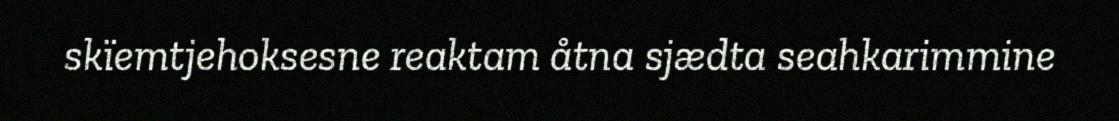
skïemtjehoksesne reaktam åtna sjædta seahkarimmine